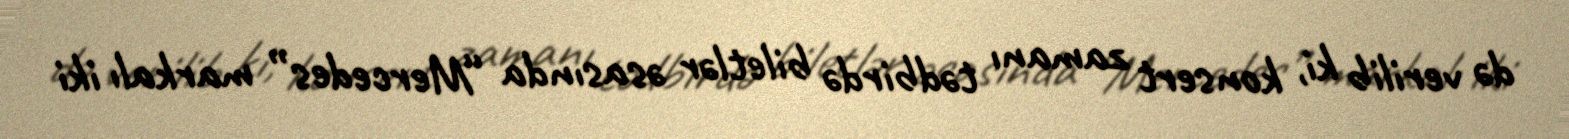
də verilib ki, konsert zamanı tədbirdə biletlər əsasında “Mercedes” markalı iki